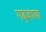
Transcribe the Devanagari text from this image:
गढ़वाया